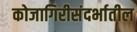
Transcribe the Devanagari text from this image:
कोजागिरीसंदर्भातील